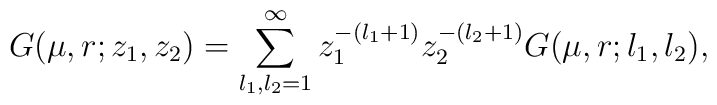
G(\mu,r;z_1,z_2) = \sum_{l_1,l_2=1}^{\infty} z_1^{-(l_1+1)}z_2^{-(l_2+1)} G(\mu,r;l_1,l_2),